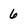
Character: 6